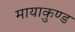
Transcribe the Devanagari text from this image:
मायाकुण्ड